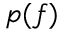
p ( f )